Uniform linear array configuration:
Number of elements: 8
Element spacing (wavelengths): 1
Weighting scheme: cosine
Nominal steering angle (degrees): -45
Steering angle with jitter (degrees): -44.385
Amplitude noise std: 0.05
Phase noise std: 0.05

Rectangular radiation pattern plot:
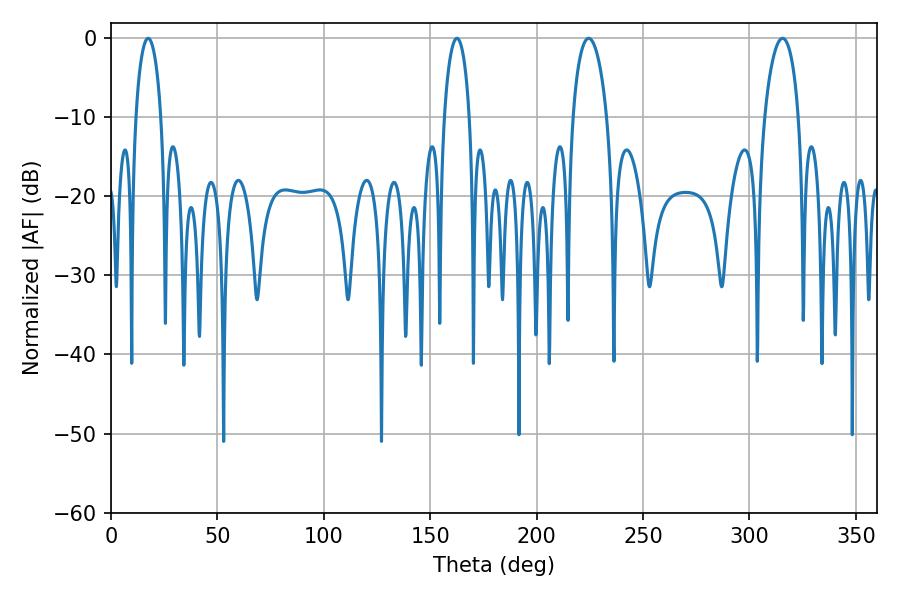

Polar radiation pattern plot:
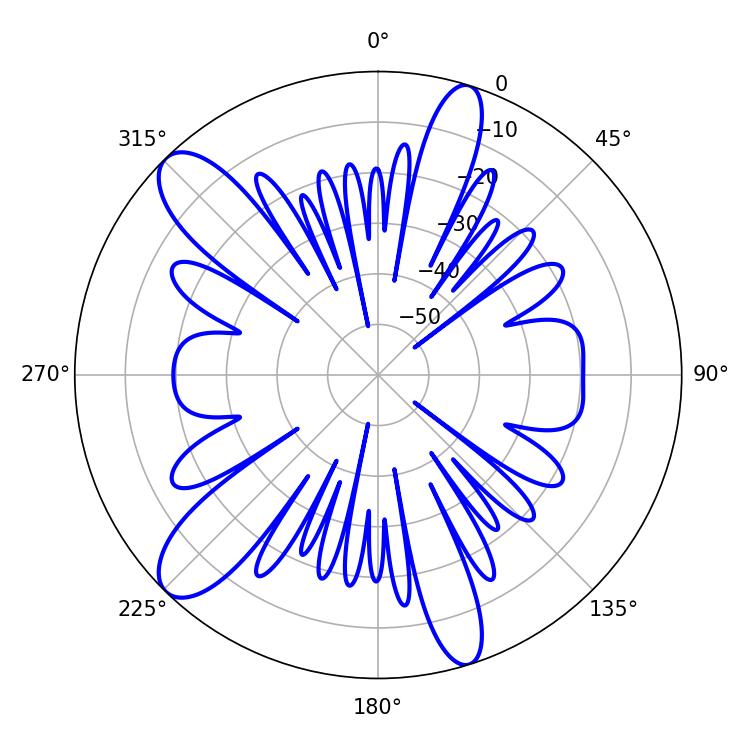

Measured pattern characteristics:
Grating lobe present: TRUE
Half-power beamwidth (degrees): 6.84
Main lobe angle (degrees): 17.46